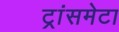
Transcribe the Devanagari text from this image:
ट्रांसमेटा